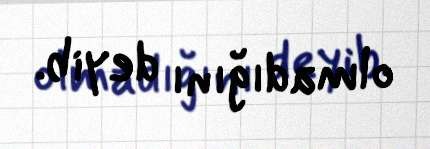
olmadığını deyib.